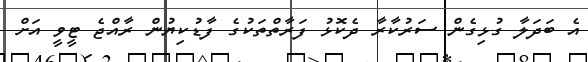
އެ ބަދަލާ ގުޅިގެން ސަރުކާރާ ދެކޮޅު ފަރާތްތަކުގެ ފާޑުކިޔުން ރާއްޖެ ޓީވީ އަށް